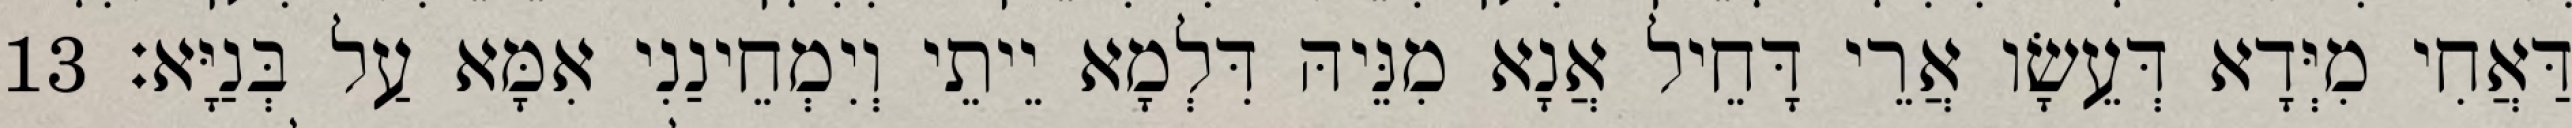
דַּאֲחִי מִיְּדָא דְּעֵשָׂו אֲרֵי דָּחֵיל אֲנָא מִנֵּיהּ דִּלְמָא יֵיתֵי וְיִמְחֵינַנִי אִמָּא עַל בְּנַיָּא׃ 13